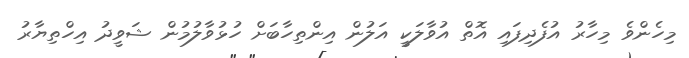
މިހެންވެ މިހާރު އުފެދިފައި އޮތް އުވާލަކީ އަލުން އިންތިހާބަށް ހުޅުވާލުމުން ޝަވީދު އިހްތިޔާރު